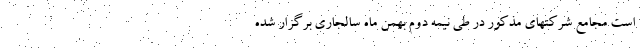
است مجامع شرکتهای مذکور در طی نیمه دوم بهمن ماه سالجاری برگزار شده